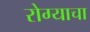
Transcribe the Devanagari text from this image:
रोग्याचा